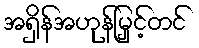
အရှိန်အဟုန်မြှင့်တင်